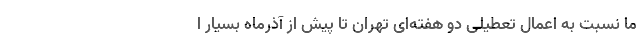
ما نسبت به اعمال تعطیلی دو هفته‌ای تهران تا پیش از آذرماه بسیار ا